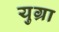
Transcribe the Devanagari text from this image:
युग्रा